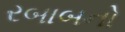
રબાબનો